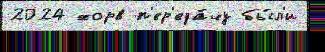
2024 хорв п'ер'еда́чу бы́л'и